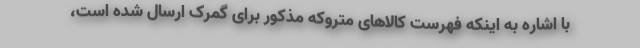
با اشاره به اینکه فهرست کالاهای متروکه مذکور برای گمرک ارسال شده است،